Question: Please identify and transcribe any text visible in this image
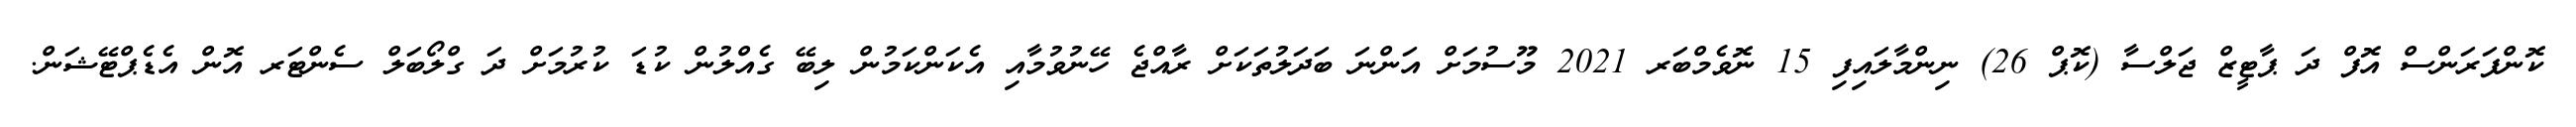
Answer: ކޮންފަރަންސް އޮފް ދަ ޕާޓީޒް ޖަލްސާ (ކޮޕް 26) ނިންމާލައިފި 15 ނޮވެމްބަރ 2021 މޫސުމަށް އަންނަ ބަދަލުތަކަށް ރާއްޖެ ހޭނުވުމާއި އެކަންކަމުން ލިބޭ ގެއްލުން ކުޑަ ކުރުމަށް ދަ ގްލޯބަލް ސެންޓަރ އޮން އެޑެޕްޓޭޝަން.